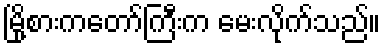
မြို့စားကတော်ကြီးက မေးလိုက်သည်။